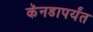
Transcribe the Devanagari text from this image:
कॅनडापर्यंत